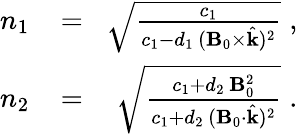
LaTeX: \begin{array}{rlr}{n_{1}\! }&{{}=}&{\! \sqrt{\frac{c_{1}}{c_{1}-d_{1}\, ({\mathbf B}_{0}\times\hat{{\mathbf k}})^{2}}}\; ,}\\ {n_{2}\! }&{{}=}&{\! \sqrt{\frac{c_{1}+d_{2}\, {\mathbf B}_{0}^{2}}{c_{1}+d_{2}\, ({\mathbf B}_{0}\cdot\hat{{\mathbf k}})^{2}}}\; .}\end{array}